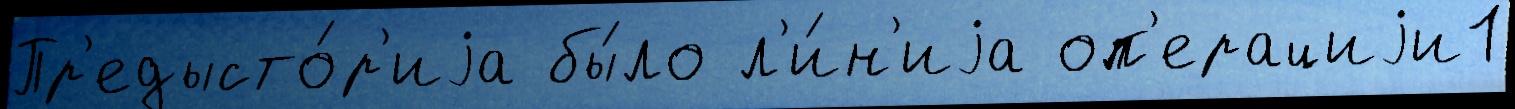
Пр'едысто́р'иjа бы́ло л'и́н'иjа оп'ерациjи1